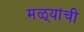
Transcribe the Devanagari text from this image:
मळ्यांची